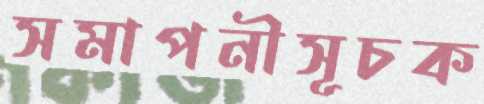
সমাপনীসূচক